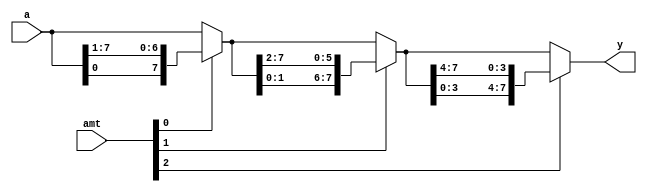
`timescale 1ns / 1ps
//////////////////////////////////////////////////////////////////////////////////
// Company: 
// Engineer: 
// 
// Design Name: 
// Module Name:    barrer_shifter_stage 
// Project Name: 
// Target Devices: 
// Tool versions: 
// Description: 
//
// Dependencies: 
//
// Revision: 
// Revision 0.01 - File Created
// Additional Comments: 
//
//////////////////////////////////////////////////////////////////////////////////
 module barrel_shifter_stage
 (
   input wire [7:0] a,
   input wire [2:0] amt,
   output wire [7:0] y
 );
// si n a l d e c l a r a t i o n
 wire [7:0] s1, s0;

// body
// s t a g e 0, s h i f t 0 o r 1 b i t
 assign s0 = amt[0] ? {a[0], a[7:1]} : a;
// s t a g e 1 , s h i f t 0 o r 2 b i t s
 assign s1 = amt[1] ? {s0[1:0] , s0[7:2]} : s0;
// s t a g e 2, s h i f t 0 o r 4 b i t s
 assign y = amt[2] ? {s1[3:0], s1[7:4]} : s1;
endmodule